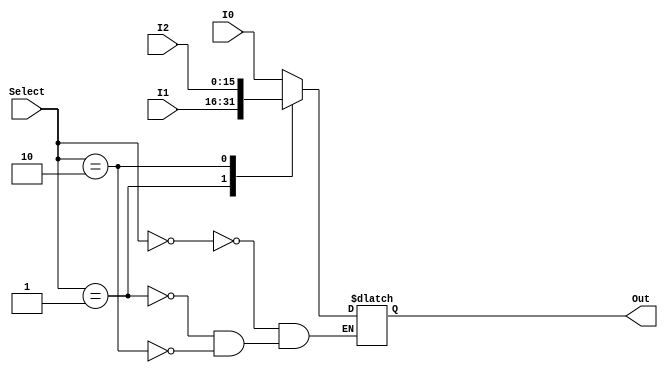
module Mux_3to1_16bit (I0, I1, I2, Select, Out);

  // ports
  input wire [15:0] I0;
  input wire [15:0] I1;
  input wire [15:0] I2;
  input wire [1:0] Select;
  output reg [15:0] Out;

  // internal
  reg error;

  always @(I0,I1,I2, Select) begin
    case (Select)
      2'b00: begin
        Out = I0;
        error = 0;
      end
      2'b01: begin
        Out = I1;
        error = 0;
      end
      2'b10: begin
        Out = I2;
        error = 0;
      end
      default: error=1; // Default case 
    endcase
  end

endmodule